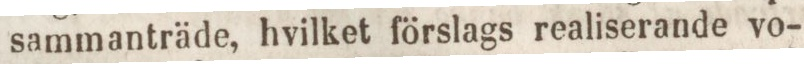
sammanträde, hvilket förslags realiserande vo-